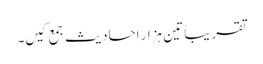
تقریباً تین ہزار احادیث جمع کیں۔